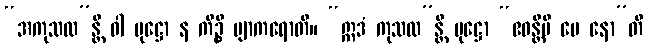
“အကုသလ”န္တိ ဝါ ပုဋ္ဌော န ကိဉ္စိ ဗျာကရောတိ။ “ဣဒံ ကုသလ”န္တိ ပုဋ္ဌော “ဧဝန္တိပိ မေ နော”တိ